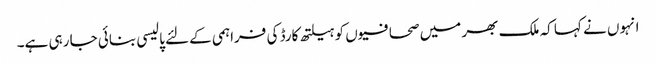
انہوں نے کہا کہ ملک بھر میں صحافیوں کو ہیلتھ کارڈ کی فراہمی کےلئے پالیسی بنائی جا رہی ہے۔